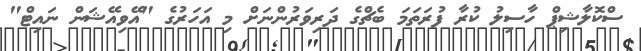
ސްކޮލާޝިޕް ހާސިލު ކުރާ ފުރަތަމަ ބެޗްގެ ދަރިވަރުންނަށް މި އަހަރުގެ "އޭވިއޭޝަން ނައިޓް"